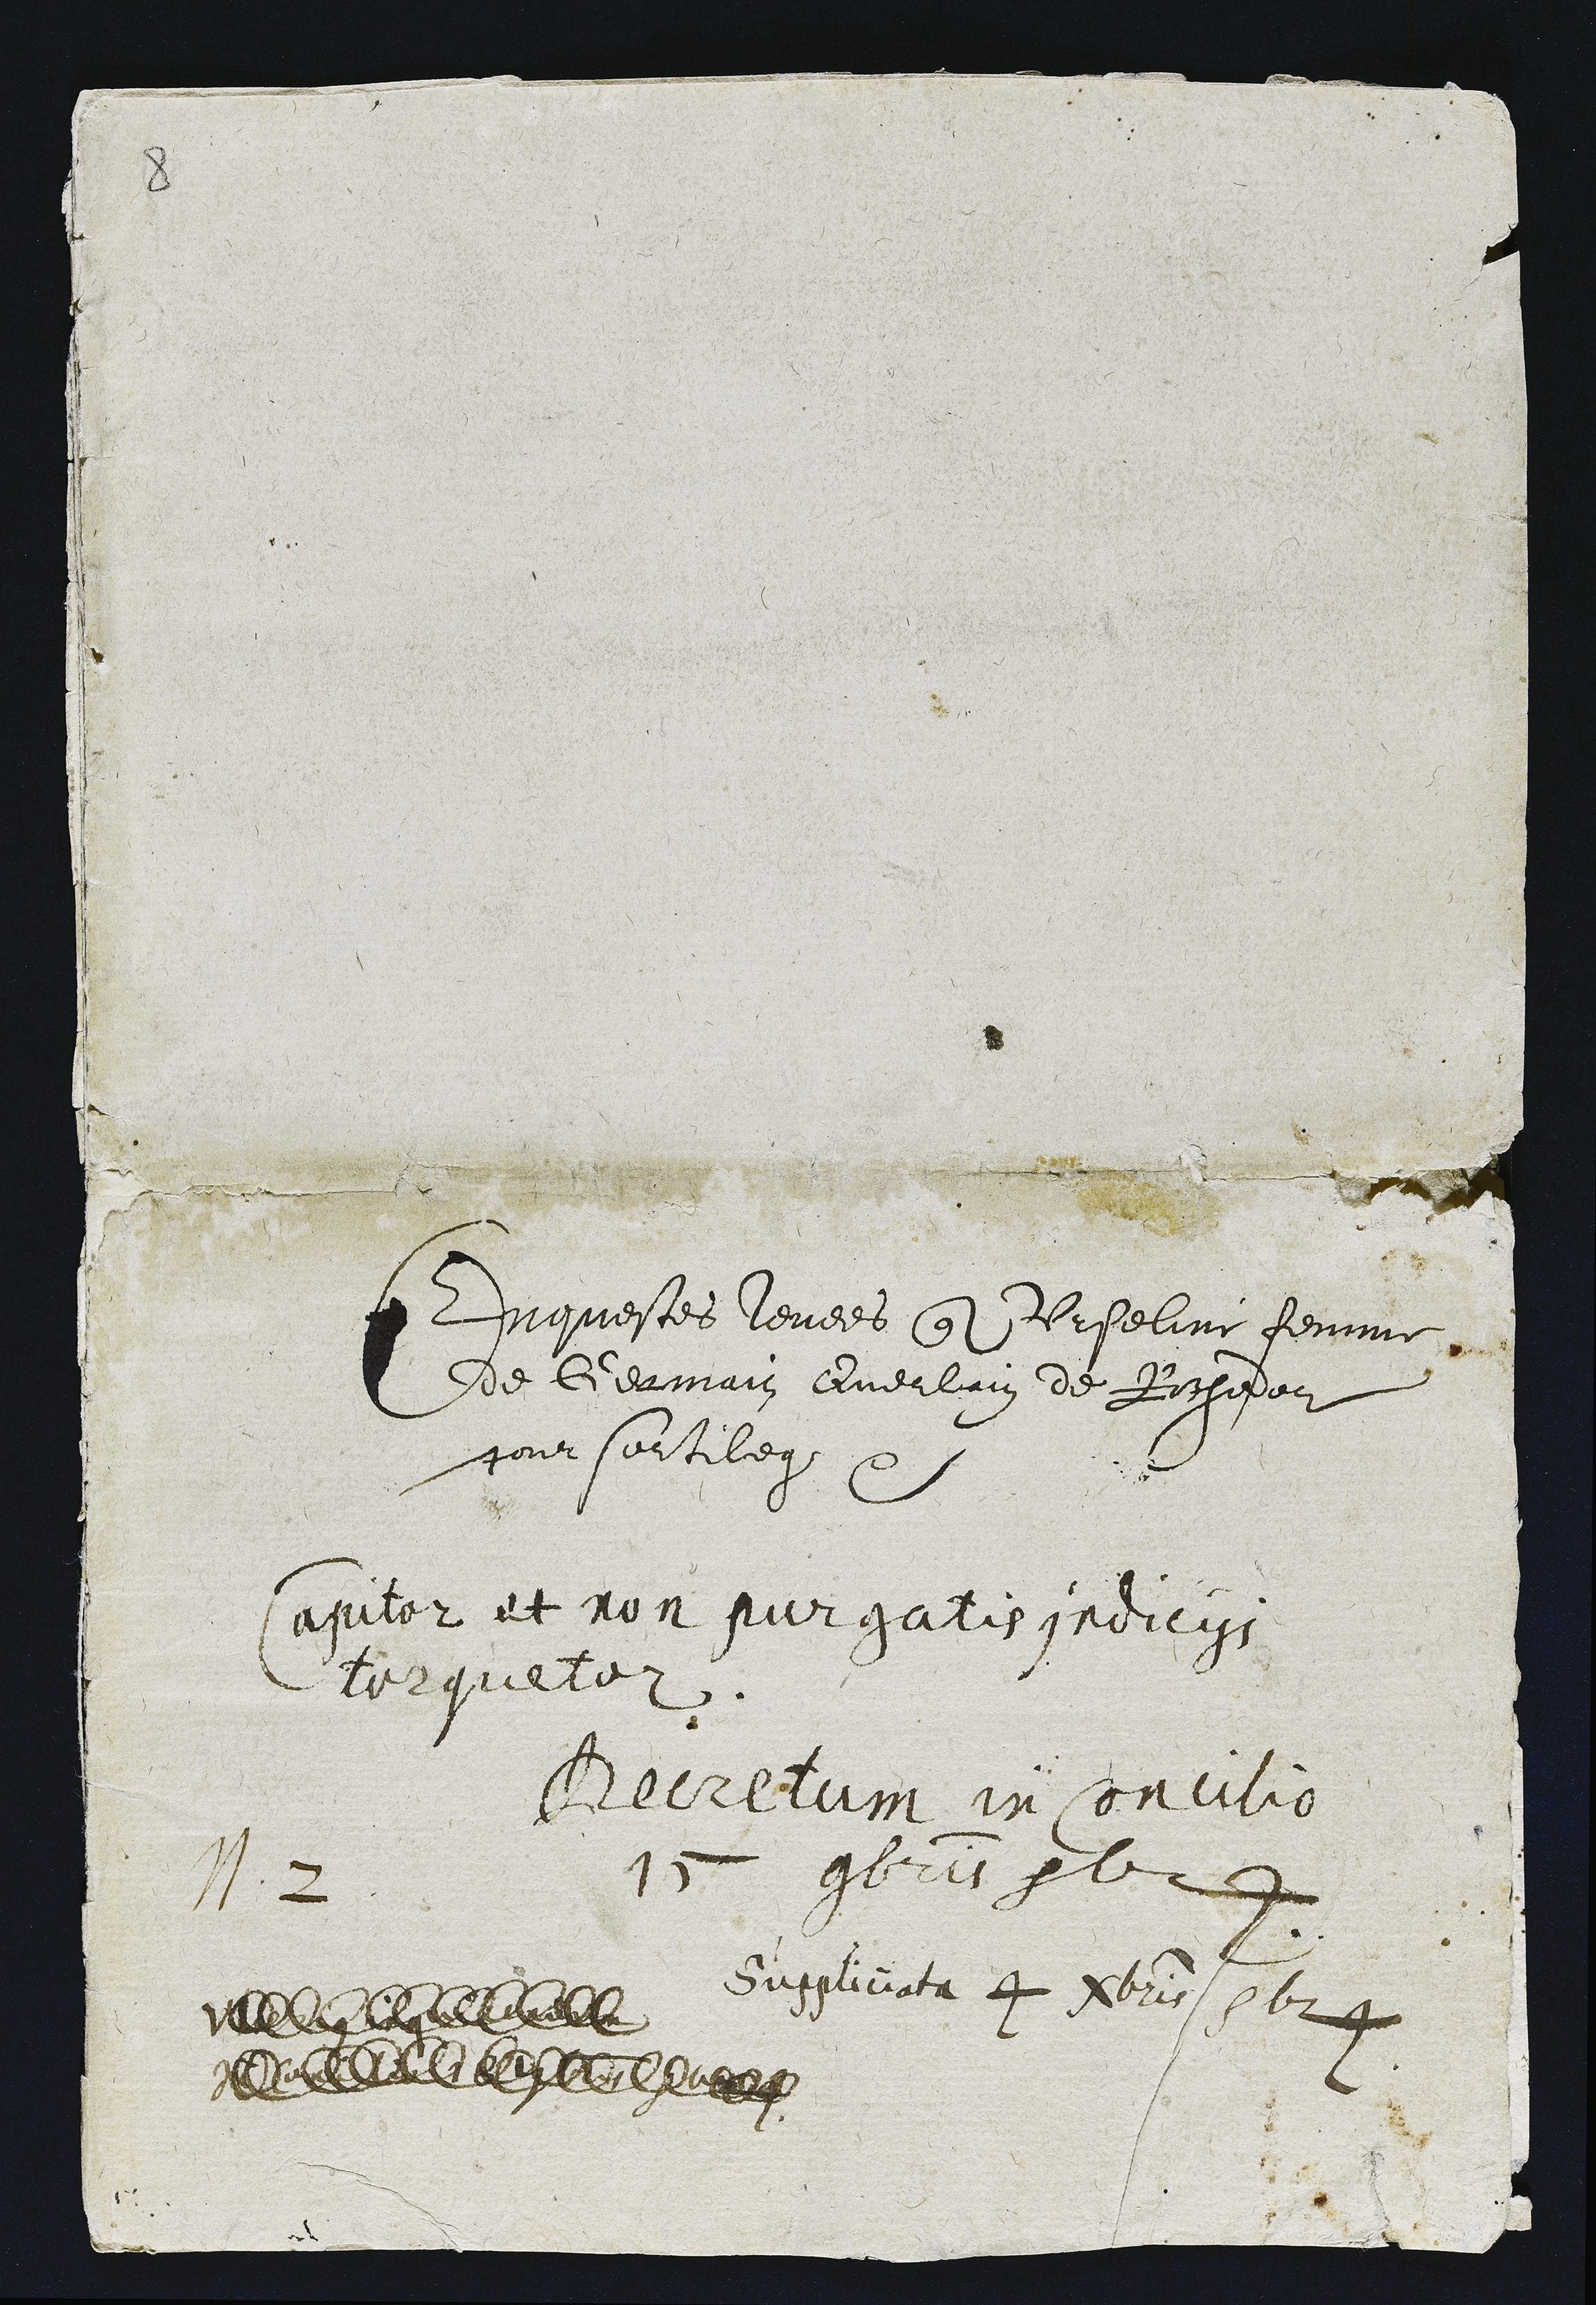
1. 2

Enquestes levees ontre Urseline femme
de Germain Querlain de Rochedor
pour sortilege a

aputor et non pur gatis irdicigs
lorqueler.

Berelum in son cilio
"im Ps porb 2

Susgliciata 4 Eibris p624